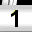
Digit: 1